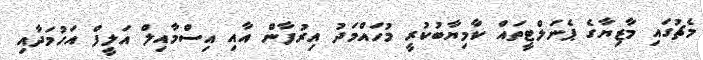
މެޗުގައި މާޒިޔާގެ ޕެނަލްޓީތައް ކާމިޔާބުކުރީ މުހައްމަދު އިރުފާން އާއި އިސްމާއިލް އަލީފް އަހުމަދާއި